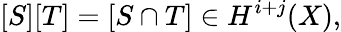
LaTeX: [S][T]=[S\cap T]\in H^{i+j}(X),